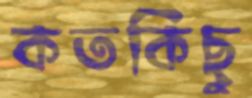
কতকিছু